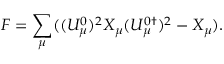
F = \sum _ { \mu } ( ( U _ { \mu } ^ { 0 } ) ^ { 2 } X _ { \mu } ( U _ { \mu } ^ { 0 \dagger } ) ^ { 2 } - X _ { \mu } ) .